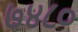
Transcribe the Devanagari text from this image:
७४८०